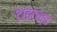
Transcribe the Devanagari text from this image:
टाइटल्ड